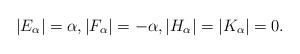
LaTeX: \begin{gather*} |E_\alpha |=\alpha , |F_\alpha |=-\alpha ,|H_\alpha |=|K_\alpha |=0.\end{gather*}